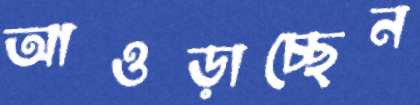
আওড়াচ্ছেন